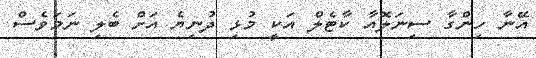
އޭނާ ހިންގާ ސިނަލޮއާ ކާޓެލް އަކީ މުޅި ދުނިޔެ އަށް ބެލި ނަމަވެސް